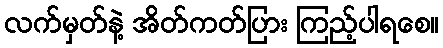
လက်မှတ်နဲ့ အိတ်ကတ်ပြား ကြည့်ပါရစေ။